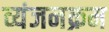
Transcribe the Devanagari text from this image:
व्यंजनक्रम